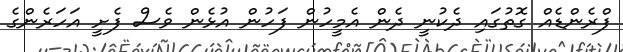
ފްރެންޑެއް ގޮތުގައި ދެކުނީ ދެން އެމީހުން ފަހުން އުޅެން ވެސް ފެށީ އަހަރެންގެ